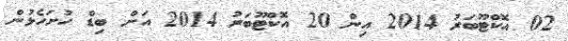
02 އޮކްޓޫބަރު 2014 އިން 20 އޮކްޓޫބަރު 2014 އަށް ބިޑް ހުށަހެޅުން